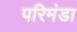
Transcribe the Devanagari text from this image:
परिमंडा